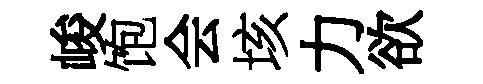
峻饱会垓力欲